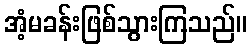
အံ့မခန်းဖြစ်သွားကြသည်။